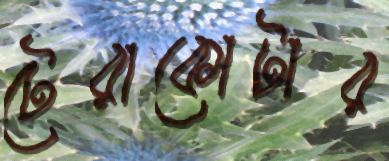
টেরাকোটার